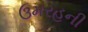
ઉમરહની